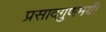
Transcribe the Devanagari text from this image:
प्रसादगुणमयी